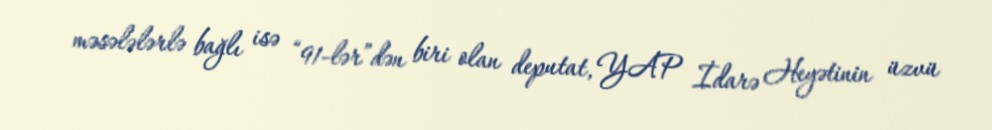
məsələlərlə bağlı isə “91-lər”dən biri olan deputat, YAP İdarə Heyətinin üzvü